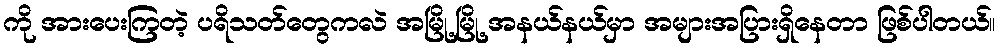
ကို အားပေးကြတဲ့ ပရိသတ်တွေကလဲ အမြို့မြို့ အနယ်နယ်မှာ အများအပြားရှိနေတာ ဖြစ်ပါတယ်။